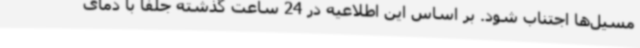
مسیل‌ها اجتناب شود. بر اساس این اطلاعیه در 24 ساعت گذشته جلفا با دمای